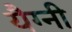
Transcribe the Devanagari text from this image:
यैग्नी